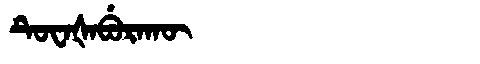
Manchu: ᡨᡠᠸᠠᡧᠠᠪᡠᡵᠠᡴᡡ
Romanization: TUWAŠABURAKŪ